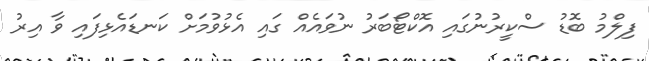
ފިލްމު ބޮޑު ސްކީރުނުގައި އޮކްޓޯބަރު ނުވައެއް ގައި އެޅުވުމަށް ކަނޑައެޅިފައި ވާ އިރު